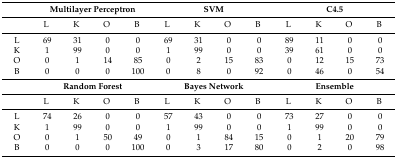
<table><thead><tr><td></td><td colspan="4"><b>Multilayer Perceptron</b></td><td colspan="4"><b>SVM</b></td><td colspan="4"><b>C4.5</b></td></tr></thead><tbody><tr><td></td><td>L</td><td>K</td><td>O</td><td>B</td><td>L</td><td>K</td><td>O</td><td>B</td><td>L</td><td>K</td><td>O</td><td>B</td></tr><tr><td>L</td><td>69</td><td>31</td><td>0</td><td>0</td><td>69</td><td>31</td><td>0</td><td>0</td><td>89</td><td>11</td><td>0</td><td>0</td></tr><tr><td>K</td><td>1</td><td>99</td><td>0</td><td>0</td><td>1</td><td>99</td><td>0</td><td>0</td><td>39</td><td>61</td><td>0</td><td>0</td></tr><tr><td>O</td><td>0</td><td>1</td><td>14</td><td>85</td><td>0</td><td>2</td><td>15</td><td>83</td><td>0</td><td>12</td><td>15</td><td>73</td></tr><tr><td>B</td><td>0</td><td>0</td><td>0</td><td>100</td><td>0</td><td>8</td><td>0</td><td>92</td><td>0</td><td>46</td><td>0</td><td>54</td></tr><tr><td></td><td colspan="4"><b>Random Forest</b></td><td colspan="4"><b>Bayes Network</b></td><td colspan="4"><b>Ensemble</b></td></tr><tr><td></td><td>L</td><td>K</td><td>O</td><td>B</td><td>L</td><td>K</td><td>O</td><td>B</td><td>L</td><td>K</td><td>O</td><td>B</td></tr><tr><td>L</td><td>74</td><td>26</td><td>0</td><td>0</td><td>57</td><td>43</td><td>0</td><td>0</td><td>73</td><td>27</td><td>0</td><td>0</td></tr><tr><td>K</td><td>1</td><td>99</td><td>0</td><td>0</td><td>1</td><td>99</td><td>0</td><td>0</td><td>1</td><td>99</td><td>0</td><td>0</td></tr><tr><td>O</td><td>0</td><td>1</td><td>50</td><td>49</td><td>0</td><td>1</td><td>84</td><td>15</td><td>0</td><td>1</td><td>20</td><td>79</td></tr><tr><td>B</td><td>0</td><td>0</td><td>0</td><td>100</td><td>0</td><td>3</td><td>17</td><td>80</td><td>0</td><td>2</td><td>0</td><td>98</td></tr></tbody></table>